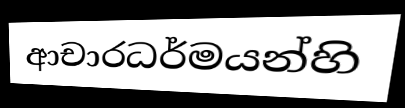
ආචාරධර්මයන්හි